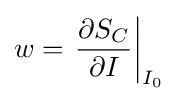
w=\left.{\frac {\partial S_{C}}{\partial I}}\right|_{I_{0}}